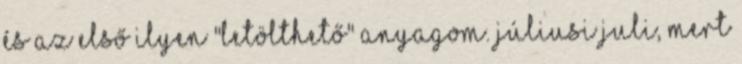
És az első ilyen "letölthető" anyagom. Júliusi Juli, mert